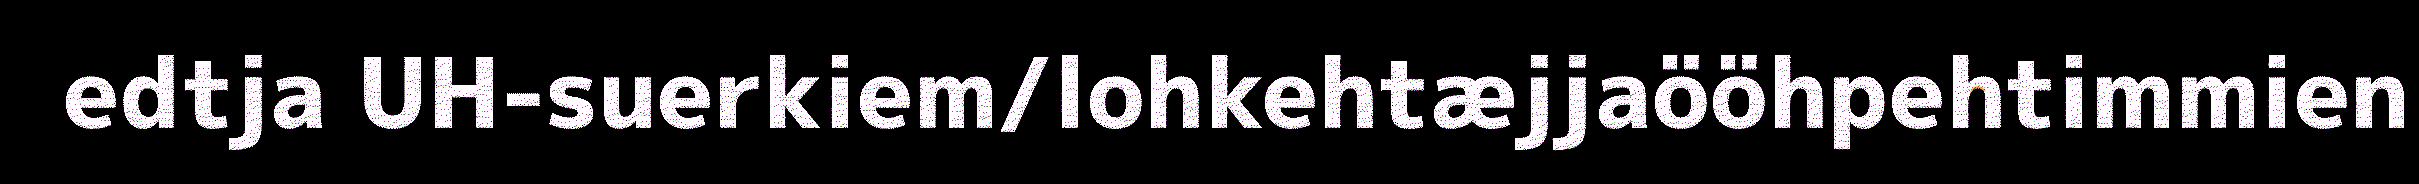
edtja UH-suerkiem/lohkehtæjjaööhpehtimmien